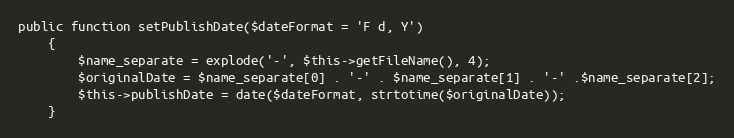
Language: PHP
public function setPublishDate($dateFormat = 'F d, Y')
	{
		$name_separate = explode('-', $this->getFileName(), 4);
		$originalDate = $name_separate[0] . '-' . $name_separate[1] . '-' .$name_separate[2];
		$this->publishDate = date($dateFormat, strtotime($originalDate));
	}